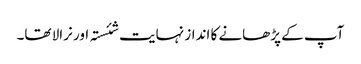
آپ کے پڑھانے کا انداز نہایت شئستہ اور نرالا تھا۔